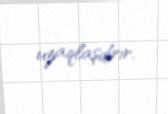
uzaqlaşdırır.